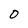
Character: 0